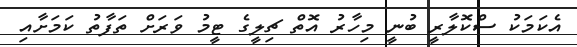
އެކަމަކު ސްކޮލާރީ ބުނީ މިހާރު އޮތް ޗިލީގެ ޓީމު ވަރަށް ތަފާތު ކަމަށާއި